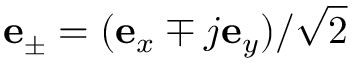
\mathbf { e } _ { \pm } = ( \mathbf { e } _ { x } \mp j \mathbf { e } _ { y } ) / \sqrt { 2 }